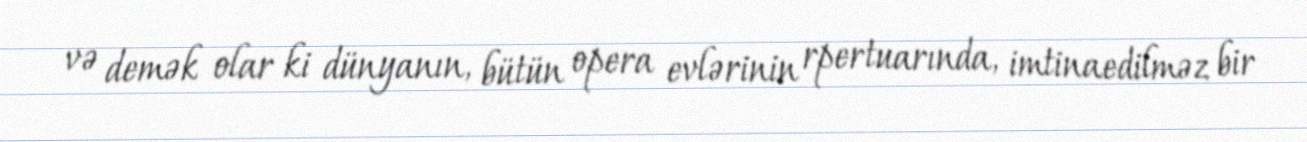
və demək olar ki dünyanın, bütün opera evlərinin rpertuarında, imtinaedilməz bir